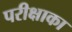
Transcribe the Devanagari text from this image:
परीक्षाका